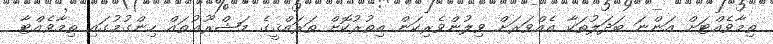
ތިމާވެއްޓަށް އަންނަ ބަދަލުތަކާ އެއްވަރަށް ވިލުންވެރިކަން އިތުރުކޮށް ތަރައްޤީގެ މަޝްރޫޢުތައް ހިންގުމުގައި ތިމާވެއްޓާ